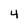
Character: 4